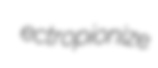
ectropionize